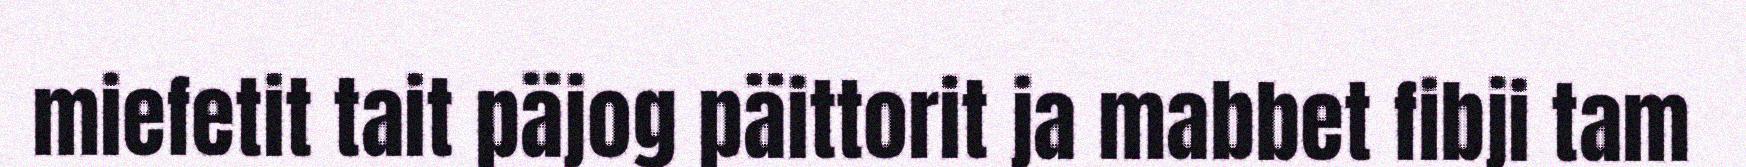
miefetit tait päjog päittorit ja mabbet fibji tam